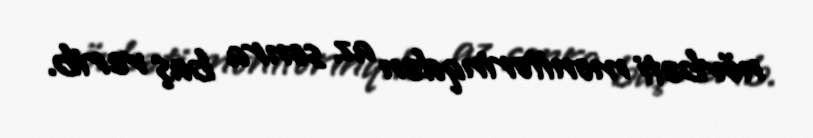
növbəti monitorinqdən az sonra baş verib.